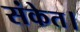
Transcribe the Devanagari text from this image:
संकेत।